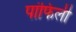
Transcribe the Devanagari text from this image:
पांफिली